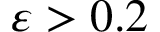
\varepsilon > 0 . 2